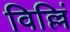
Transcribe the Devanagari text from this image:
विल्लिं